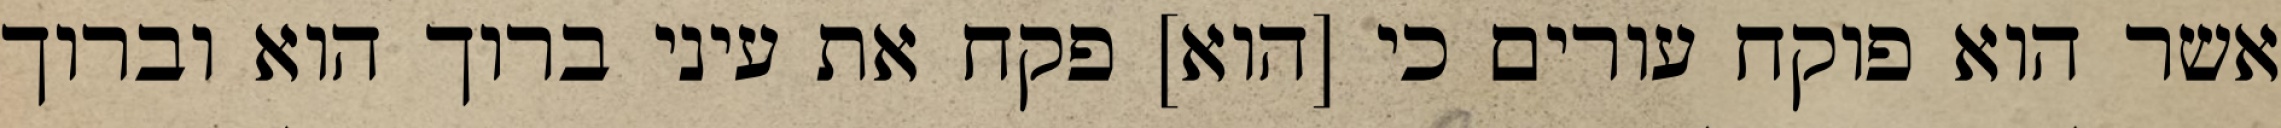
אשר הוא פוקח עורים כי [הוא] פקח את עיני ברוך הוא וברוך